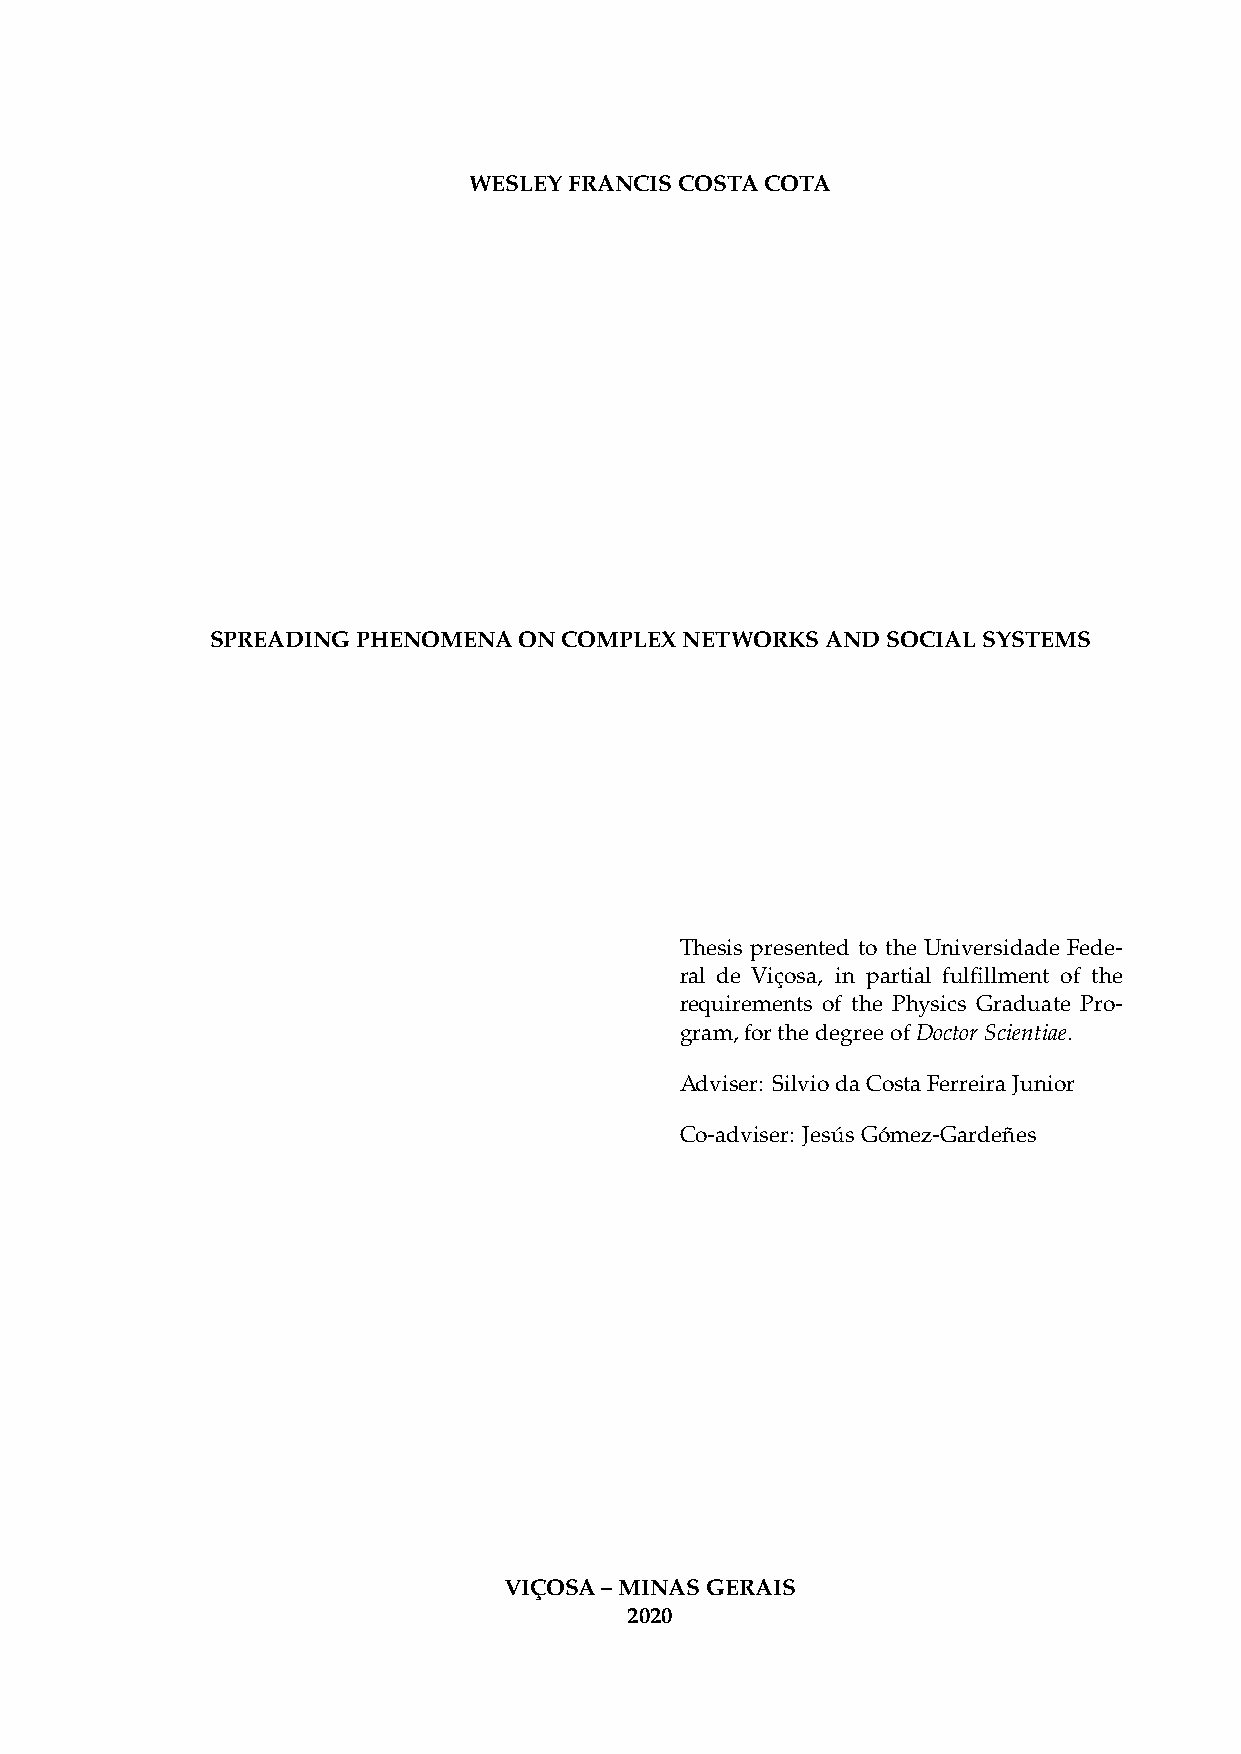
WESLEYFRANCISCOSTACOTA
 SPREADINGPHENOMENAONCOMPLEXNETWORKSANDSOCIALSYSTEMS
 Thesis presented to the Universidade Fede-
 ral de Viçosa, in partial fulfillment of the
 requirements of the Physics Graduate Pro-
 gram,forthedegreeofDoctorScientiae.
 Adviser: SilviodaCostaFerreiraJunior
 Co-adviser: JesúsGómez-Gardeñes
 VIÇOSA–MINASGERAIS
 2020